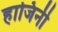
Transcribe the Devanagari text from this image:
हाजिनी